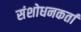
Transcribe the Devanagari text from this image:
संशोधनकर्ता